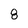
Character: 8